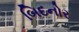
બિદનોર